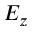
E _ { z }